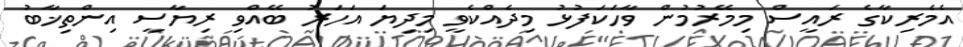
އެމެރިކާގެ ރައީސް މިމޭރުމުން ވާހަކަފުޅު މިދެއްކެވީ މިދިޔަ އަހަރު ބޭއްވި ރިޔާސީ އިންތިޚާބު